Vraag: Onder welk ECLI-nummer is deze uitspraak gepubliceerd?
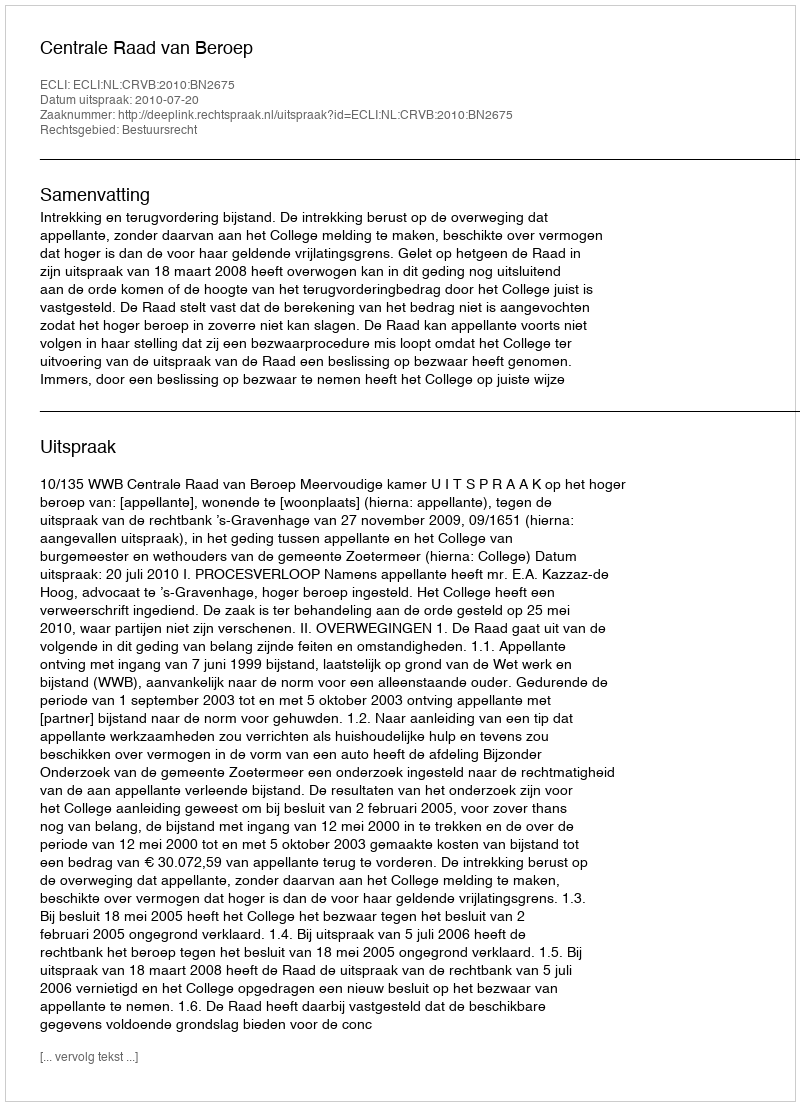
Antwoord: ECLI:NL:CRVB:2010:BN2675